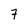
Character: 7